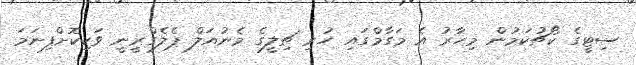
ސިޓީގެ ކޯޗުކަމުން މިހާރު އެ މަގާމްގައި ހުރި ޗިލީގެ މެނުއަލް ޕެލެގްރީނީ ވަކިކޮށްފިނަމަ